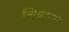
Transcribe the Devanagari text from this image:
चित्रासो